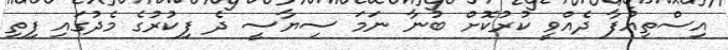
އިސްތިއުފާ ދެއްވީ ކުރުކޮށް ބުނާ ނަމަ ސިޔާސީ ދެ ފިކުރުގެ މެދުގައި ފިތި